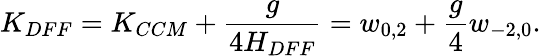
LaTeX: K_{DFF}=K_{CCM}+\frac{g}{4H_{DFF}}=w_{0,2}+{\frac{g}{4}}w_{-2,0}.